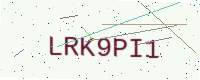
Text: LRK9PI1